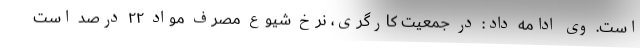
است. وی ادامه داد: در جمعیت کارگری، نرخ شیوع مصرف مواد ۲۲ درصد است